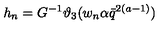
h _ { n } = G ^ { - 1 } \vartheta _ { 3 } ( w _ { n } \alpha \bar { q } ^ { 2 ( a - 1 ) } )